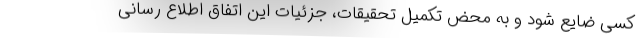
کسی ضایع شود و به محض تکمیل تحقیقات، جزئیات این اتفاق اطلاع رسانی